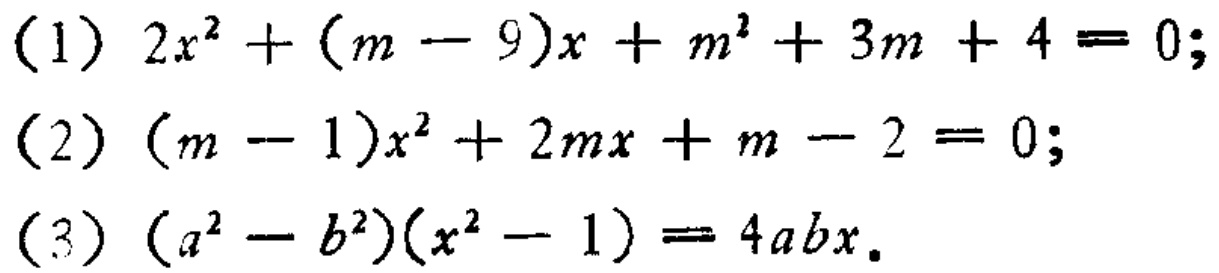
(1) \(2x^{2}+(m - 9)x + m^{2}+3m + 4 = 0\);
(2) \((m - 1)x^{2}+2mx + m - 2 = 0\);
(3) \((a^{2}-b^{2})(x^{2}-1)=4abx\).